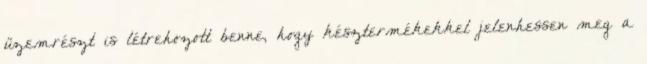
üzemrészt is létrehozott benne, hogy késztermékekkel jelenhessen meg a